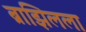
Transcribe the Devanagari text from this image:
ब्राझिलला